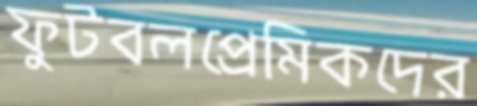
ফুটবলপ্রেমিকদের